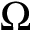
\Omega